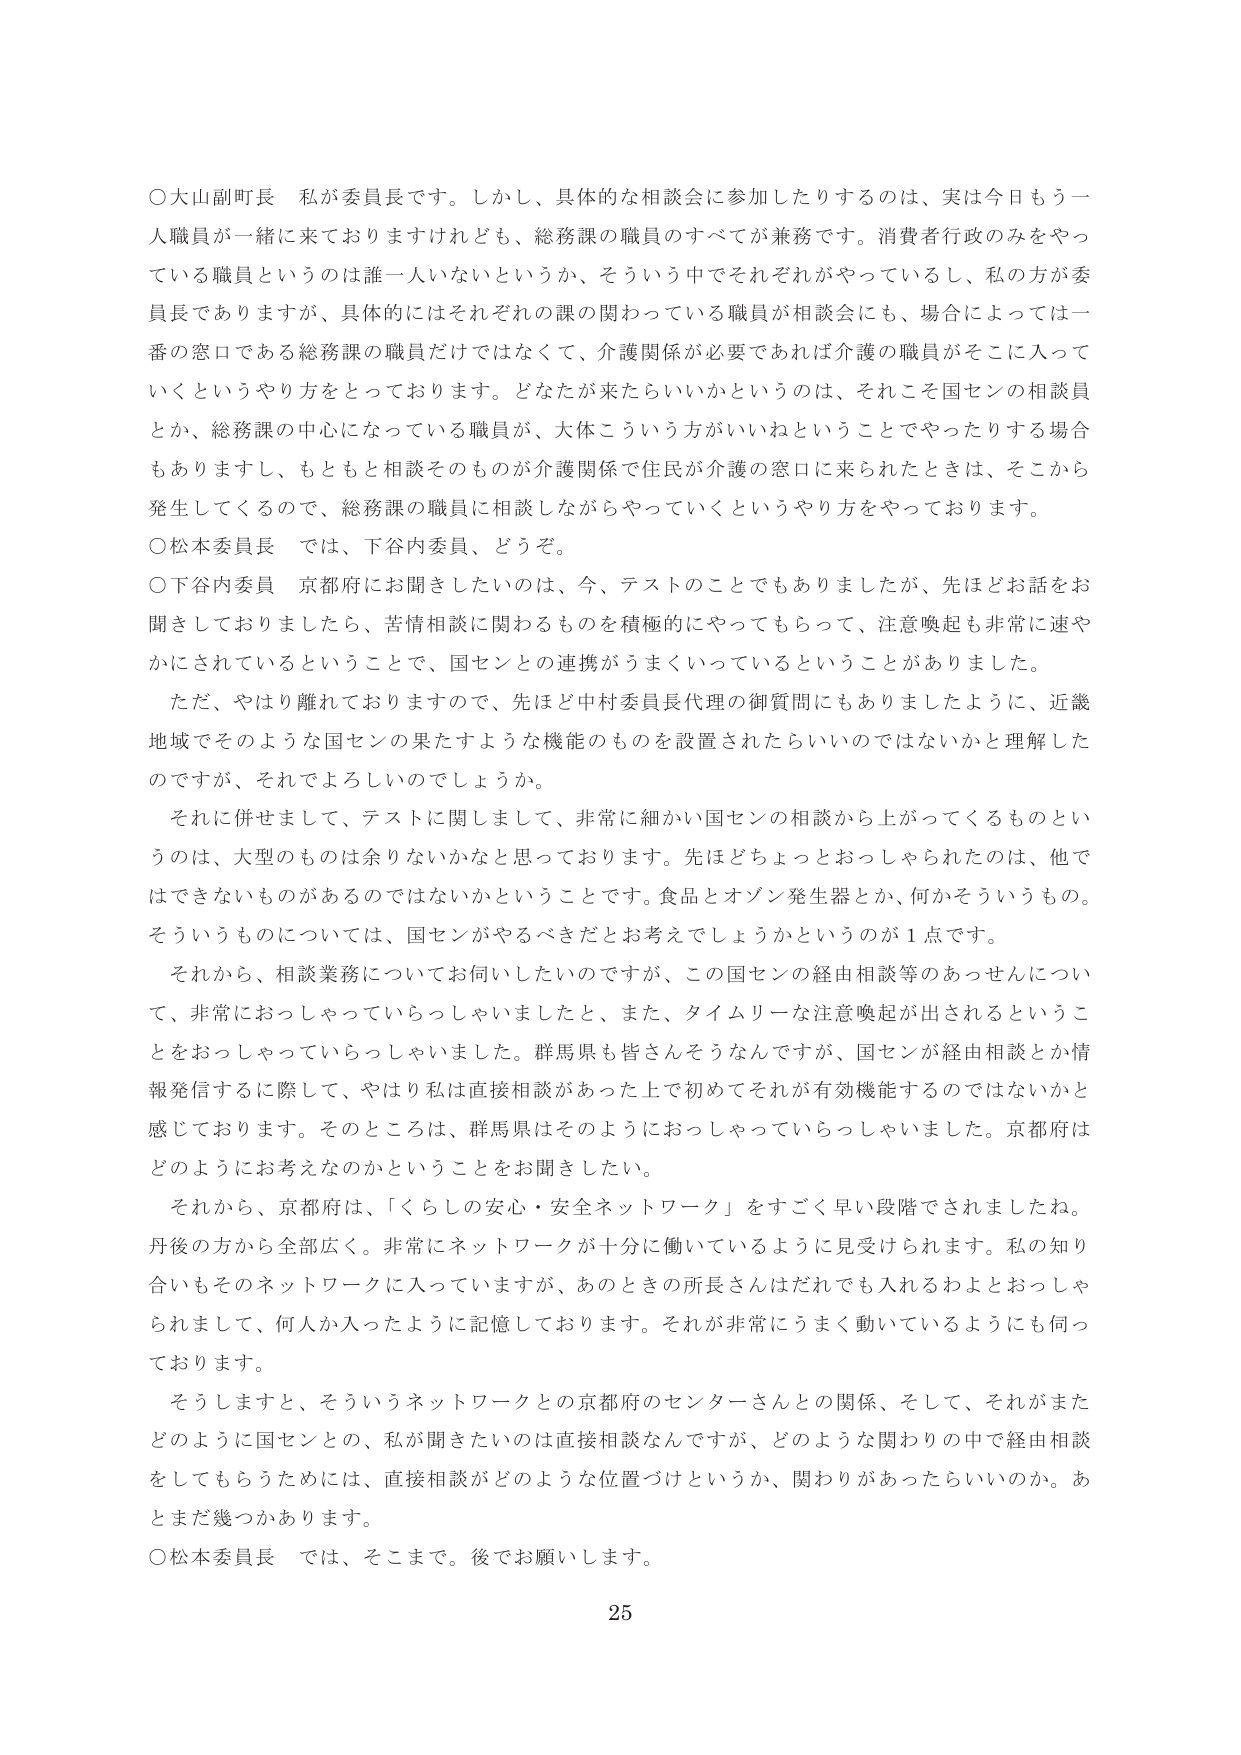
○大山副町長 私が委員長です。しかし、具体的な相談会に参加したりするのは、実は今日もう一人職員が一緒に来ておりますけれども、総務課の職員のすべてが兼務です。消費者行政のみをやっている職員というのは誰一人いないというか、そういう中でそれぞれがやっているし、私の方が委員長でありますが、具体的にはそれぞれの課の関わっている職員が相談会にも、場合によっては一番の窓口である総務課の職員だけではなくて、介護関係が必要であれば介護の職員がそこに入っていくというやり方をとっております。どなたが来たらいいかというのは、それこそ国センの相談員とか、総務課の中心になっている職員が、大体こういう方がいいねということでやったりする場合もありますし、もともと相談そのものが介護関係で住民が介護の窓口に来られたときは、そこから発生してくるので、総務課の職員に相談しながらやっていくというやり方をやっております。

○松本委員長 では、下谷内委員、どうぞ。

○下谷内委員 京都府にお聞きしたいのは、今、テストのことでもありましたが、先ほどお話をお聞きしておりましたら、苦情相談に関わるものを積極的にやってもらって、注意喚起も非常に速やかにされているということで、国センとの連携がうまくいっているということがありました。

ただ、やはり離れておりますので、先ほど中村委員長代理の御質問にもありましたように、近畿地域でそのような国センの果たすような機能のものを設置されたらいいのではないかと理解したのですが、それでよろしいでしょうか。

それに併せまして、テストに関しまして、非常に細かい国センの相談から上がってくるものというのは、大型のものは余りないかなと思っております。先ほどちょっとおっしゃられたのは、他ではできないものがあるのではないかということです。食品とオゾン発生器とか、何かそういうもの。そういうものについては、国センがやるべきだとお考えでしょうかというのが１点です。

それから、相談業務についてお伺いしたいのですが、この国センの経由相談等のあっせんについて、非常におっしゃっていらっしゃいましたと、また、タイムリーな注意喚起が出されるということをおっしゃっていらっしゃいました。群馬県も皆さんそうなんですが、国センが経由相談とか情報発信するに際して、やはり私は直接相談があった上で初めてそれ有効機能するのではないかと感じております。そのところは、群馬県はそのようにおっしゃっていらっしゃいました。京都府はどのようにお考えなのかということをお聞きしたい。

それから、京都府は、「くらしの安心・安全ネットワーク」をすごく早い段階でされましたね。丹後の方から全部広く。非常にネットワークが十分に働いているように見受けられます。私の知り合いもそのネットワークに入っていますが、あのときの所長さんはだれでも入れるわよとおっしゃられまして、何人か入ったように記憶しております。それが非常にうまく動いているようにも伺っております。

そうしますと、そういうネットワークとの京都府のセンターさんとの関係、そして、それがまたどのように国センとの、私が聞きたいのは直接相談なんですが、どのような関わりの中で経由相談をしてもらうためには、直接相談がどのような位置づけというか、関わりがあったらいいのか。あとまだ幾つかあります。

○松本委員長 では、そこまで。後でお願いします。

25